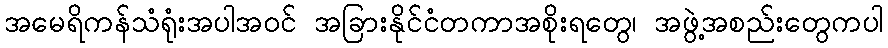
အမေရိကန်သံရုံးအပါအဝင် အခြားနိုင်ငံတကာအစိုးရတွေ၊ အဖွဲ့အစည်းတွေကပါ